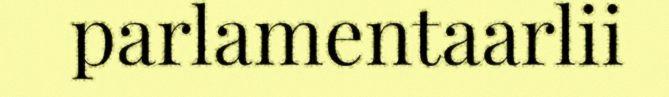
parlamentaarlii